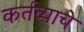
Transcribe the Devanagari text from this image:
कर्तव्याचे